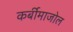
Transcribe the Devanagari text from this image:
कर्बीमाजोल